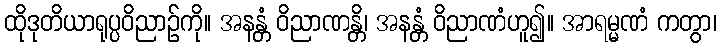
ထိုဒုတိယာရုပ္ပဝိညာဉ်ကို။ အနန္တံ ဝိညာဏန္တိ၊ အနန္တံ ဝိညာဏံဟူ၍။ အာရမ္မဏံ ကတွာ၊